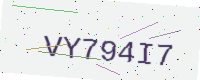
Text: VY794I7